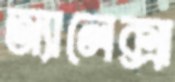
অ্যালেক্সা